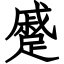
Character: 蹙